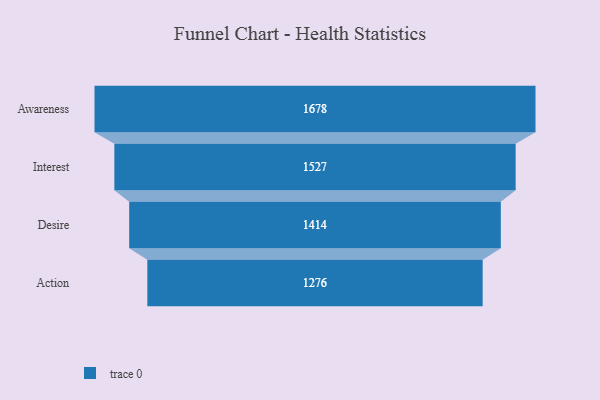
{"axis": {"x": "Stage", "y": "Value"}, "legend": [""], "data": [{"x": "Awareness", "y": 1678.0, "type": ""}, {"x": "Interest", "y": 1527.0, "type": ""}, {"x": "Desire", "y": 1414.0, "type": ""}, {"x": "Action", "y": 1276.0, "type": ""}]}